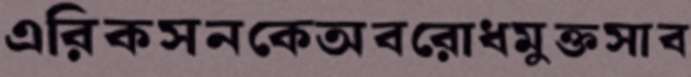
এরিকসনকেঅবরোধমুক্তসাব